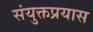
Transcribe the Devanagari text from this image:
संयुक्तप्रयास